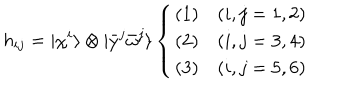
LaTeX: h _ { i j } = | \chi ^ { i } \rangle \otimes | { \bar { y } } ^ { j } { \bar { \omega } } ^ { j } \rangle \left\{ \begin{array} { l l } { { ( 1 ) } } & { { ( i , j = 1 , 2 ) } } \\ { { ( 2 ) } } & { { ( i , j = 3 , 4 ) } } \\ { { ( 3 ) } } & { { ( i , j = 5 , 6 ) } } \\ \end{array} \right.